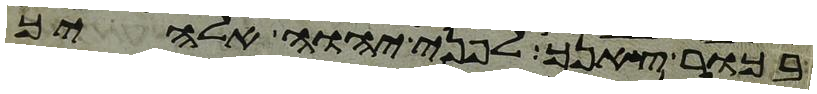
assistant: בכור צאנך לפני יהוה אלהיך